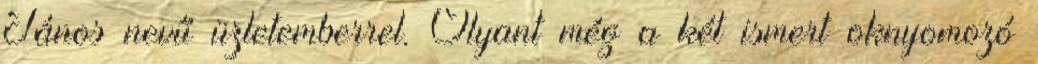
János nevű üzletemberrel. Olyant még a két ismert oknyomozó